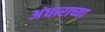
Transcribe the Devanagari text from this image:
अंधाराच्या